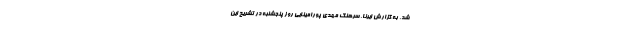
شد. به گزارش ایرنا، سرهنگ مهدی پورامینایی روز پنجشنبه در تشریح این